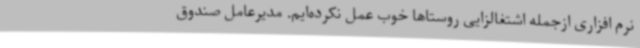
نرم افزاری ازجمله اشتغالزایی روستاها خوب عمل نکرده‌ایم. مدیرعامل صندوق